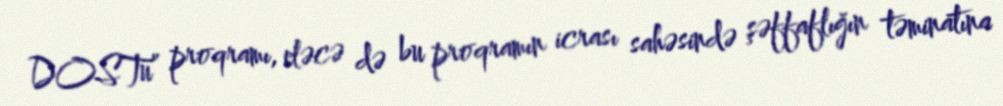
DOSTu” proqramı, eləcə də bu proqramın icrası sahəsində şəffaflığın təminatına